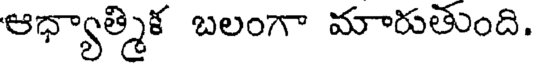
ఆధ్యాత్మిక బలంగా మారుతుంది.